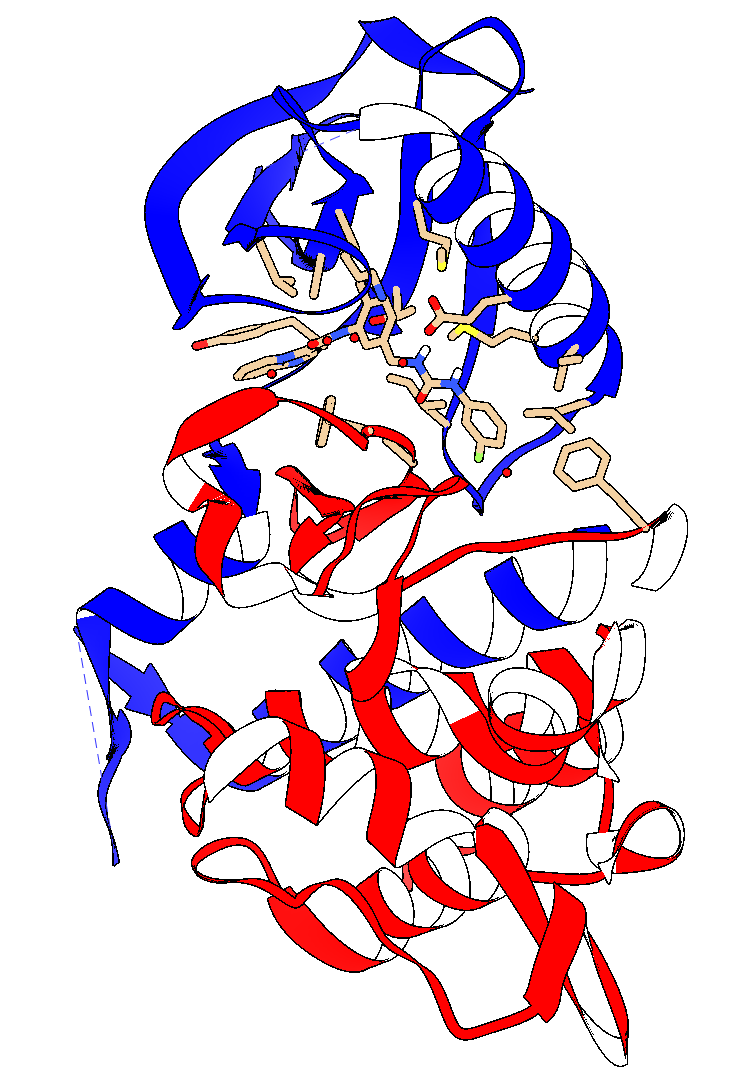
chimera, flat ribbon